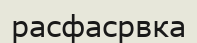
расфасрвка